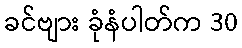
ခင်ဗျား ခုံနံပါတ်က 30